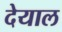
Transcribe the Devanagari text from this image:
देयाल